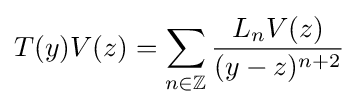
T(y)V(z)=\sum _{n\in \mathbb {Z} }{\frac {L_{n}V(z)}{(y-z)^{n+2}}}